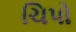
ચિપો